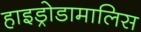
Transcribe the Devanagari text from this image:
हाइड्रोडामालिस